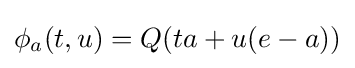
\phi _{a}(t,u)=Q(ta+u(e-a))